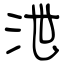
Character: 泄